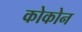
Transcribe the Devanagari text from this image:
कोकोन